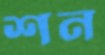
শন